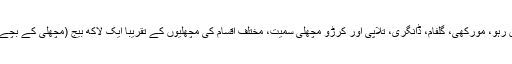
اس جھیل میں رہُو، مورکھی، گلفام، ڈانگری، تلاپی اور کرڑو مچھلی سمیت، مختلف اقسام کی مچھلیوں کے تقریباً ایک لاکھ بیج (مچھلی کے بچے) ڈالے گئے۔